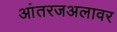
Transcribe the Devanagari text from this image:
आंतरजअलावर